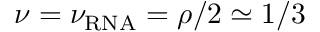
\nu = \nu _ { \mathrm { R N A } } = \rho / 2 \simeq 1 / 3